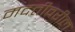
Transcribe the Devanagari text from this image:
मदतीवरील